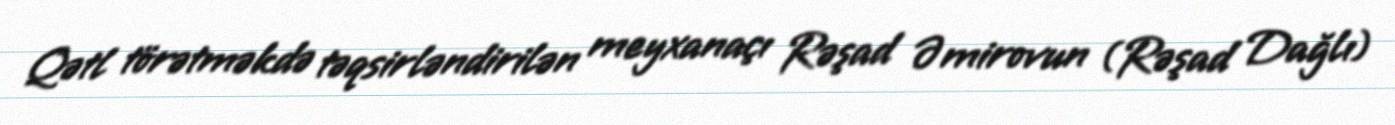
Qətl törətməkdə təqsirləndirilən meyxanaçı Rəşad Əmirovun (Rəşad Dağlı)